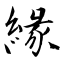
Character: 緣